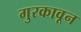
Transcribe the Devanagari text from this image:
गुरकावून